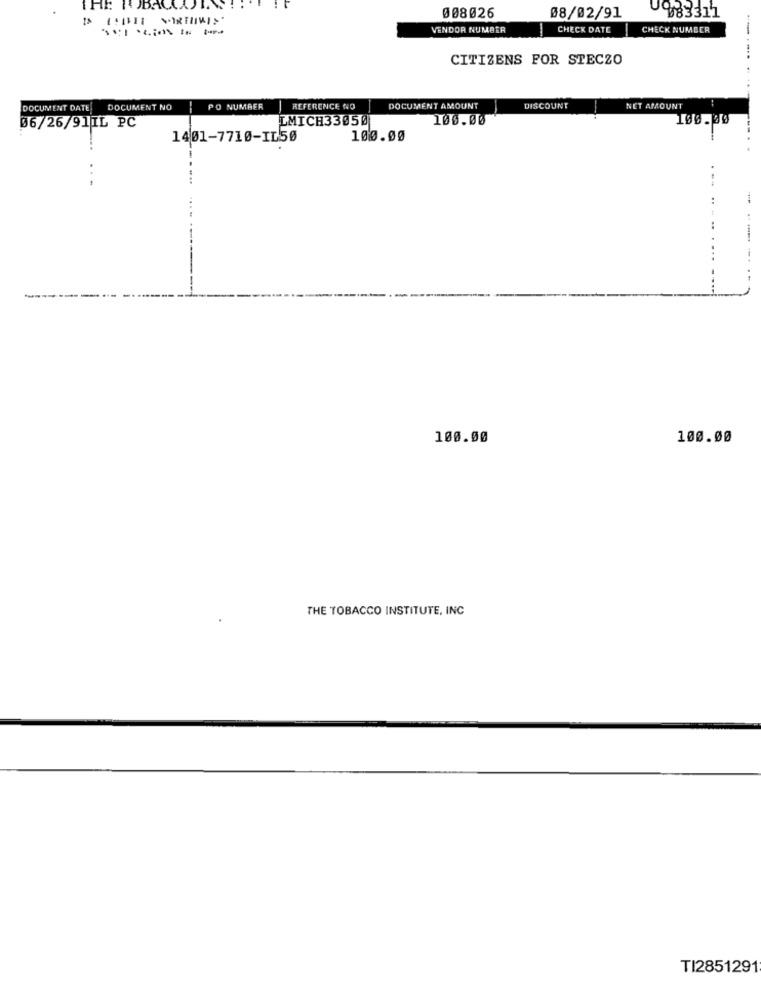
008026
08/02/91
983311
VENDOR NUMBER
CHECK DATE
CHECK NUMBER
CITIZENS FOR STECZO
DOCUMENT DATE
DOCUMENT NO
--
PO NUMBER
REFERENCE NO
DOCUMENT AMOUNT
DISCOUNT
NET AMOUNT
LMICH33050
100.00
100.00
06/26/91IL PC
1401-7710-IL50
100.00
...
100.00
100.00
THE TOBACCO INSTITUTE, INC
TI2851291